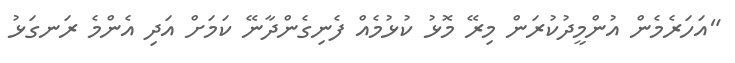
"އަހަރެމެން އުންމީދުކުރަން މިރޭ މޮޅު ކުޅުމެއް ފެނިގެންދާނޭ ކަމަށް އަދި އެންމެ ރަނގަޅު